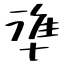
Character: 準